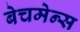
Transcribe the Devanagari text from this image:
बेचमेन्स